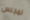
لمجلس